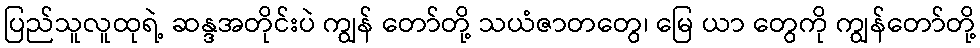
ပြည်သူလူထုရဲ့ ဆန္ဒအတိုင်းပဲ ကျွန် တော်တို့ သယံဇာတတွေ၊ မြေ ယာ တွေကို ကျွန်တော်တို့